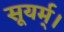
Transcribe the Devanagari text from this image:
सूयर्म्।